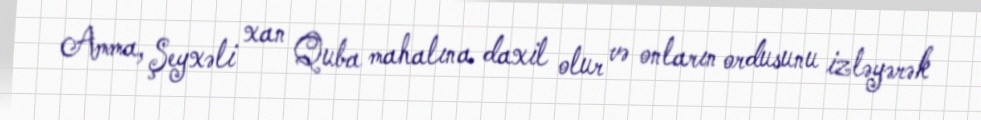
Amma, Şeyxəli xan Quba mahalına daxil olur və onların ordusunu izləyərək